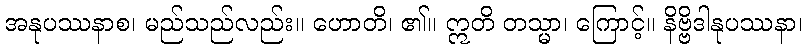
အနုပဿနာစ၊ မည်သည်လည်း။ ဟောတိ၊ ၏။ ဣတိ တသ္မာ၊ ကြောင့်။ နိဗ္ဗိဒါနုပဿနာ၊